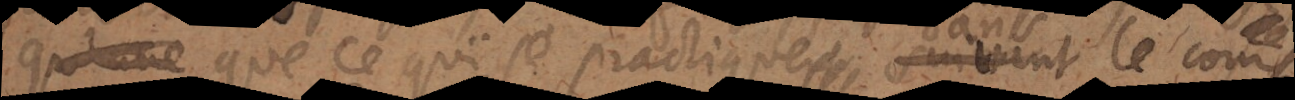
qu’une que ce qui se practique suivant quoyque